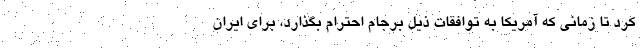
کرد تا زمانی که آمریکا به توافقات ذیل برجام احترام بگذارد، برای ایران